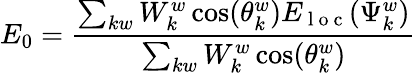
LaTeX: E_{0}=\frac{\sum_{kw}W_{k}^{w}\cos(\theta_{k}^{w})E_{\mathrm{~l~o~c~}}(\Psi_{k}^{w})}{\sum_{kw}W_{k}^{w}\cos(\theta_{k}^{w})}